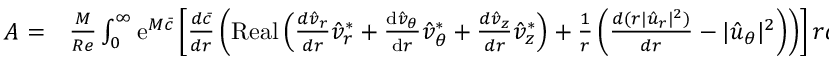
\begin{array} { r l } { A = } & { { } \frac { M } { R e } \int _ { 0 } ^ { \infty } \mathrm { e } ^ { M \bar { c } } \left[ \frac { d \bar { c } } { d r } \left( \operatorname { R e a l } \left( \frac { d \hat { v } _ { r } } { d r } \hat { v } _ { r } ^ { * } + \frac { \mathrm { d } \hat { v } _ { \theta } } { \mathrm { d } r } \hat { v } _ { \theta } ^ { * } + \frac { d \hat { v } _ { z } } { d r } \hat { v } _ { z } ^ { * } \right) + \frac { 1 } { r } \left( \frac { d ( r | \hat { u } _ { r } | ^ { 2 } ) } { d r } - | \hat { u } _ { \theta } | ^ { 2 } \right) \right) \right] r d r } \end{array}